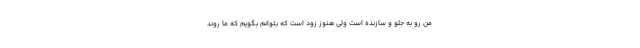
من رو به جلو و سازنده است ولی هنوز زود است که بتوانم بگویم که ما روند